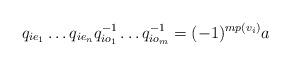
LaTeX: \begin{align*}q_{ie_1}\dots q_{ie_n}q_{io_1}^{-1}\dots q_{io_m}^{-1} =(-1)^{mp(v_i)}a\end{align*}